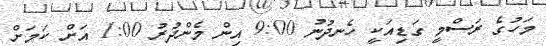
މަހުގެ ރަސްމީ ގަޑިއަކީ ހެނދުނު 9:00 އިން މެންދުރު 1:00 އަށް ކަމަށް